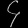
Digit: ၄